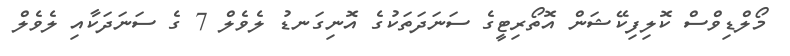
މޯލްޑިވްސް ކޮލިފިކޭޝަން އޮތޯރިޓީގެ ސަނަދަތަކުގެ އޮނިގަނޑު ލެވެލް 7 ގެ ސަނަދަކާއި ލެވެލް